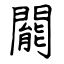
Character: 𨶙